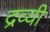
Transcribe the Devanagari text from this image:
द्रव्यी